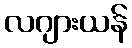
လဂျားယန်